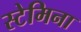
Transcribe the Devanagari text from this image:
स्टेमिना